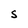
Character: S